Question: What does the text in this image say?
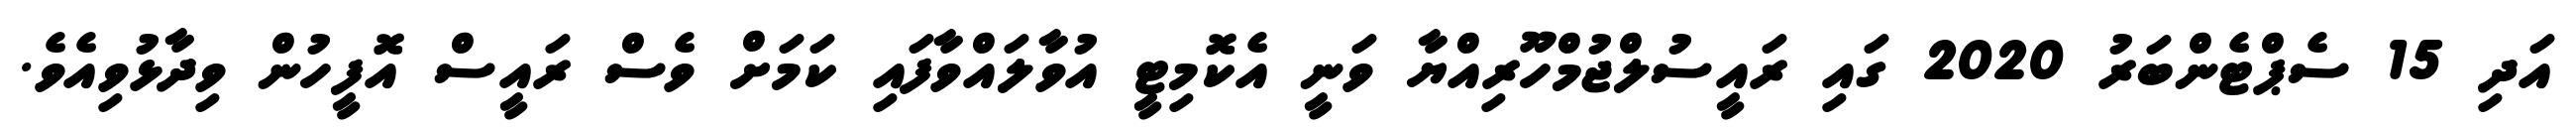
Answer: އަދި 15 ސެޕްޓެންބަރު 2020 ގައި ރައީސުލްޖުމްހޫރިއްޔާ ވަނީ އެކޮމިޓީ އުވާލައްވާފައި ކަމަށް ވެސް ރައީސް އޮފީހުން ވިދާޅުވިއެވެ.